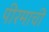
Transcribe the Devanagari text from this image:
पीरमाची